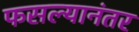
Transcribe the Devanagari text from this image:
फसल्यानंतर